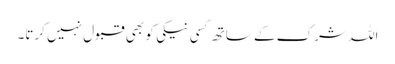
اللہ شرک کے ساتھ کسی نیکی کو بھی قبول نہیں کرتا۔